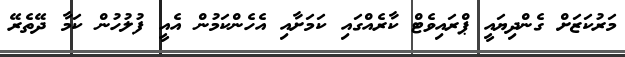
މަރުކަޒަށް ގެންދިޔައީ ޕްރައިވެޓް ކާރެއްގައި ކަމަށާއި އެހެންކަމުން އެއީ ފުލުހުން ކަމާ ދޭތެރޭ